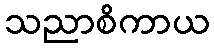
သညာစိကာယ